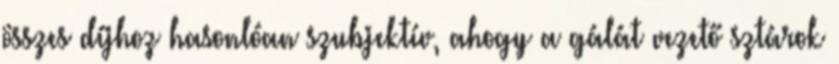
összes díjhoz hasonlóan szubjektív, ahogy a gálát vezető sztárok